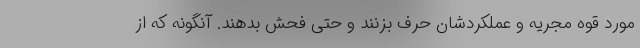
مورد قوه مجریه و عملکردشان حرف بزنند و حتی فحش بدهند. آنگونه که از